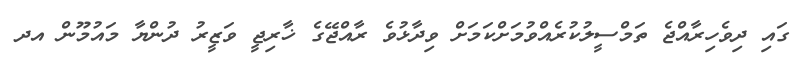
ގައި ދިވެހިރާއްޖެ ތަމްސީލުކުރެއްވުމަށްކަމަށް ވިދާޅުވެ ރާއްޖޭގެ ޚާރިޖީ ވަޒީރު ދުންޔާ މައުމޫން އދ